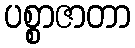
ပစ္စာဇာတာ